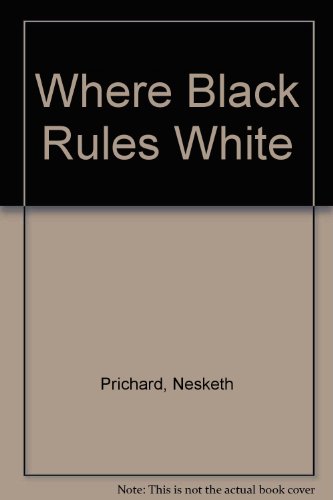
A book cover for Where Black Rules White: A Journey Across and About Haiti; Nesketh Prichard; Travel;